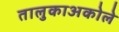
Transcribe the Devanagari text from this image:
तालुकाअकोले